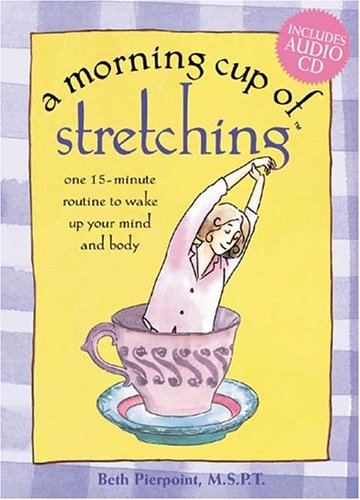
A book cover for A Morning Cup of Stretching (The Morning Cup series); Beth Pierpoint; Health, Fitness & Dieting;